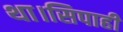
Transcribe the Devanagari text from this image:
था।सिपाही